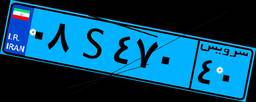
۴۹S۲۸۴۸۶